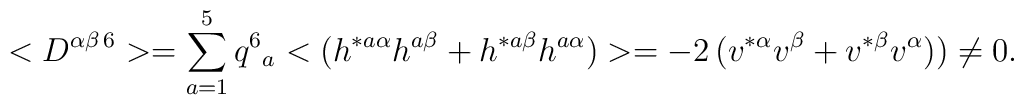
<D^{\alpha \beta \,6}> = \sum_{a=1}^{5} q^6{}_a <( h^{* a \alpha} h^{a\beta} + h^{* a \beta} h^{a \alpha})> = -2 \, ( v^{*  \alpha} v^{\beta} + v^{*  \beta} v^{ \alpha})) \neq 0 .